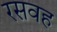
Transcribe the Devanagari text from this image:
रसवह